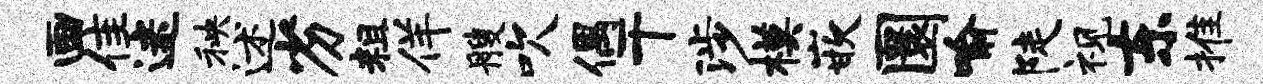
画隹迷秧述劣粗佯艘吹偶干涉模嵌圜喻陡视东推